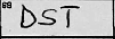
Transcription: DST